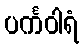
ပင်္ကဝါရံ